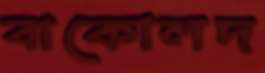
বাকোলদ